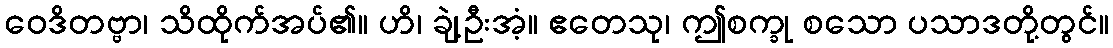
ဝေဒိတဗ္ဗာ၊ သိထိုက်အပ်၏။ ဟိ၊ ချဲ့ဦးအံ့။ ဧတေသု၊ ဤစက္ခု စသော ပသာဒတို့တွင်။